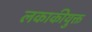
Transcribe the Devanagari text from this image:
लकाकीयुक्त